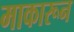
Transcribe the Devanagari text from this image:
माकारून